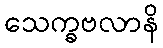
သေက္ခဗလာနိ